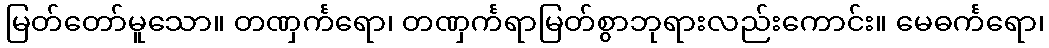
မြတ်တော်မူသော။ တဏှင်္ကရော၊ တဏှင်္ကရာမြတ်စွာဘုရားလည်းကောင်း။ မေဓင်္ကရော၊